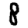
Digit: 8